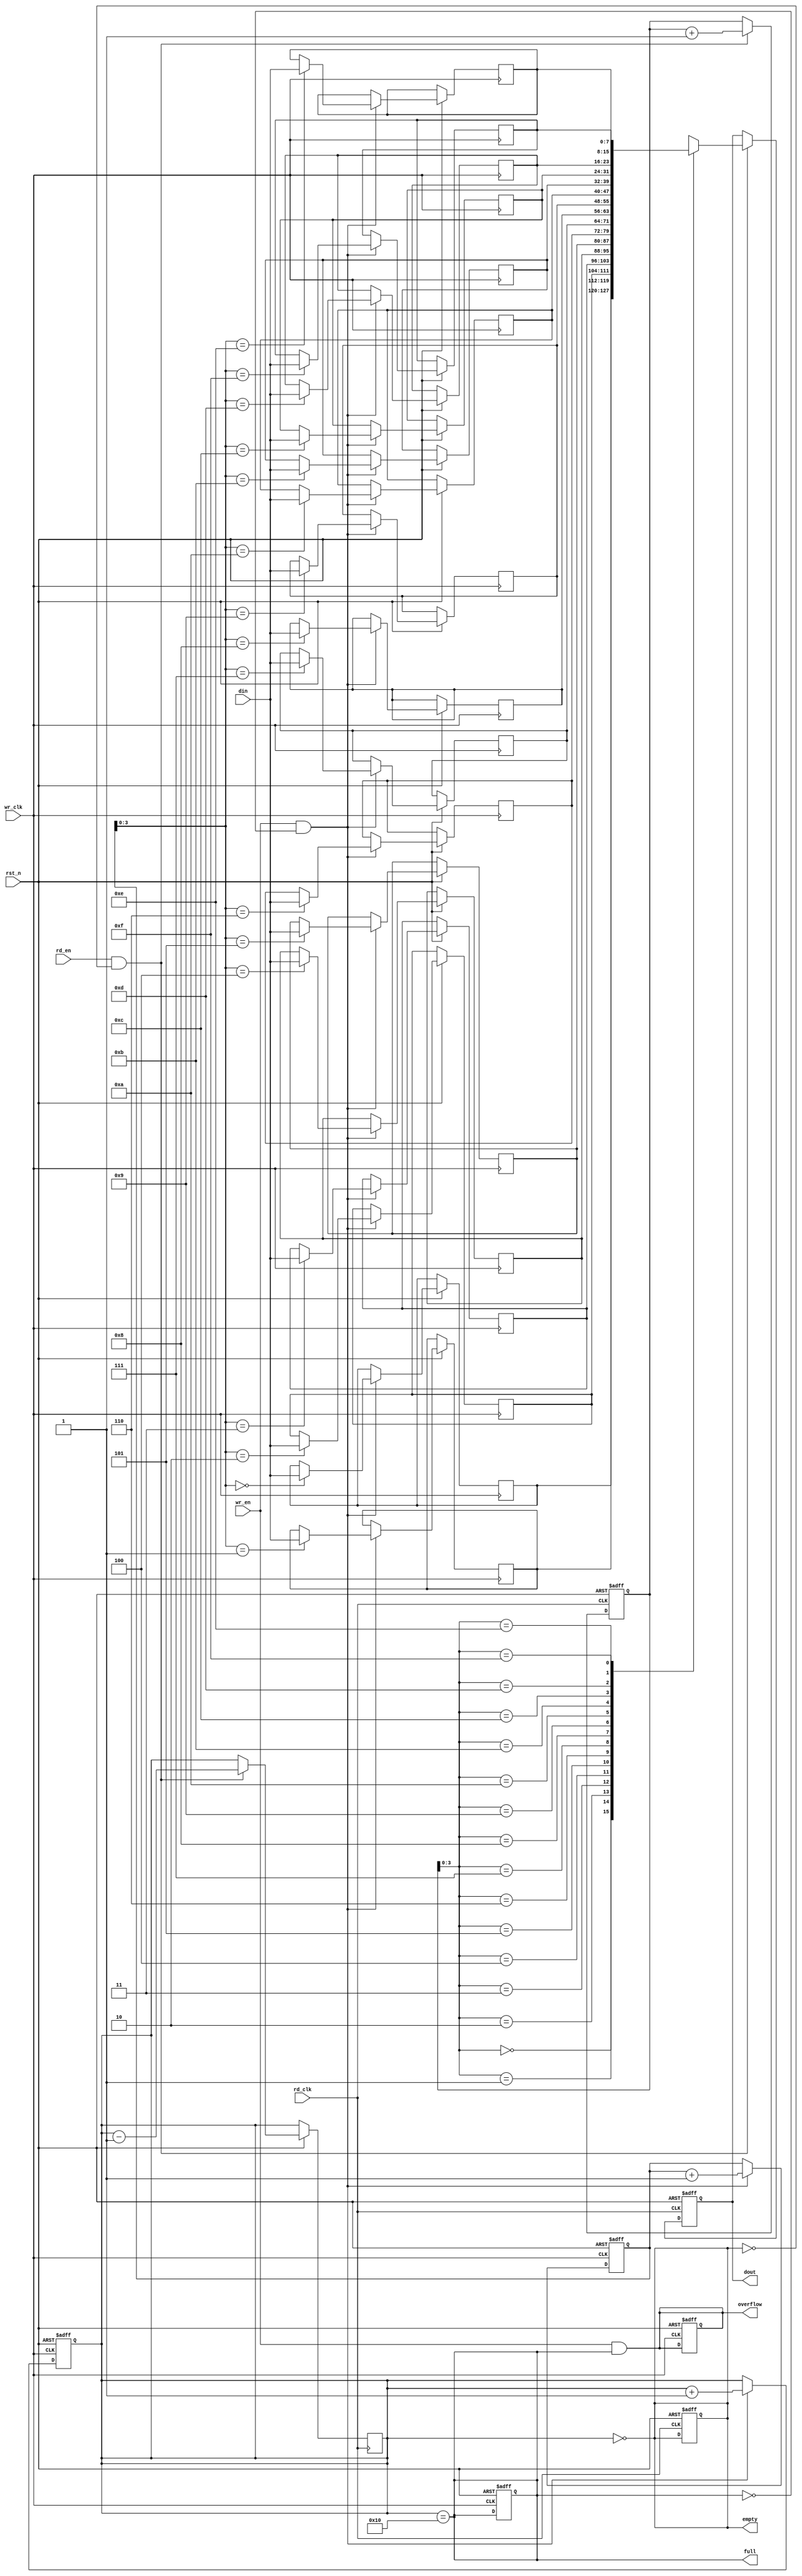
module async_fifo #(
    parameter DATA_WIDTH = 8,  // Width of the data
    parameter FIFO_DEPTH = 16   // Depth of the FIFO (must be a power of 2)
)(
    input wire wr_clk,           // Write clock
    input wire rd_clk,           // Read clock
    input wire rst_n,            // Asynchronous reset (active low)
    input wire wr_en,            // Write enable
    input wire rd_en,            // Read enable
    input wire [DATA_WIDTH-1:0] din, // Data input
    output reg [DATA_WIDTH-1:0] dout, // Data output
    output reg full,             // Full flag
    output reg empty,            // Empty flag
    output reg overflow          // Overflow flag
);

    // Memory array
    reg [DATA_WIDTH-1:0] fifo_mem [0:FIFO_DEPTH-1];

    // Pointers
    reg [4:0] wr_ptr; // Write pointer (5 bits for depth of 16)
    reg [4:0] rd_ptr; // Read pointer (5 bits for depth of 16)
    reg [4:0] wr_ptr_sync; // Synchronized write pointer
    reg [4:0] rd_ptr_sync; // Synchronized read pointer

    // FIFO status
    reg [4:0] fifo_count; // Count of items in FIFO

    // Asynchronous reset
    always @(posedge wr_clk or negedge rst_n) begin
        if (!rst_n) begin
            wr_ptr <= 0;
            fifo_count <= 0;
            full <= 0;
            overflow <= 0;
        end else if (wr_en && !full) begin
            fifo_mem[wr_ptr] <= din;
            wr_ptr <= wr_ptr + 1;
            fifo_count <= fifo_count + 1;
        end
    end

    always @(posedge rd_clk or negedge rst_n) begin
        if (!rst_n) begin
            rd_ptr <= 0;
            dout <= 0;
            empty <= 1;
        end else if (rd_en && !empty) begin
            dout <= fifo_mem[rd_ptr];
            rd_ptr <= rd_ptr + 1;
            fifo_count <= fifo_count - 1;
        end
    end

    // Pointer synchronization
    always @(posedge wr_clk or negedge rst_n) begin
        if (!rst_n) begin
            wr_ptr_sync <= 0;
        end else begin
            wr_ptr_sync <= wr_ptr;
        end
    end

    always @(posedge rd_clk or negedge rst_n) begin
        if (!rst_n) begin
            rd_ptr_sync <= 0;
        end else begin
            rd_ptr_sync <= rd_ptr;
        end
    end

    // Full and empty flag logic
    always @(*) begin
        full = (fifo_count == FIFO_DEPTH);
        empty = (fifo_count == 0);
        overflow = (wr_en && full);
    end

endmodule